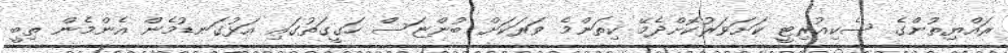
ރައްޔިތުންގެ ސެކިއުރިޓީ ކަށަވަރުކޮށްދެމޭ ކިތަންމެ ވަރަކަށް ބުންޏަސް ހަގީގަތުގައި އަޅުގަނޑުމެން އެންމެން ތިބީ